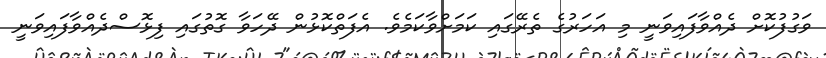
ވަގުފުކޮށް ދެއްވާފައިވަނީ މި އަހަރުގެ ތެރޭގައި ކަމަށްވާކަމެވެ. އެފަތްކޮޅުން ދޭހަވާ ގޮތުގައި ފިޅޮސްދެއްވާފައިވަނީ